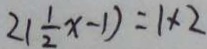
2 ( \frac { 1 } { 2 } x - 1 ) = 1 \times 2